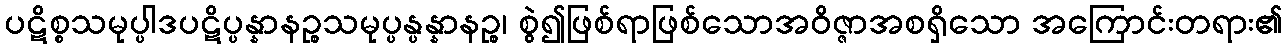
ပဋိစ္စသမုပ္ပါဒပဋိပ္ပန္နာနဉ္စသမုပ္ပန္ပန္နာနဉ္စ၊ စွဲ၍ဖြစ်ရာဖြစ်သောအဝိဇ္ဇာအစရှိသော အကြောင်းတရား၏